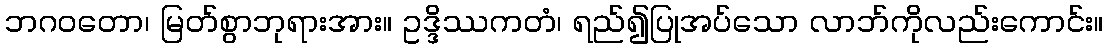
ဘဂဝတော၊ မြတ်စွာဘုရားအား။ ဥဒ္ဒိဿကတံ၊ ရည်၍ပြုအပ်သော လာဘ်ကိုလည်းကောင်း။